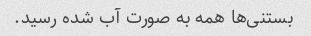
بستنی‌ها همه به صورت آب شده رسید.